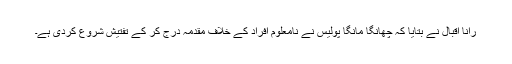
رانا اقبال نے بتایا کہ چھانگا مانگا پولیس نے نامعلوم افراد کے خلاف مقدمہ درج کر کے تفتیش شروع کردی ہے۔